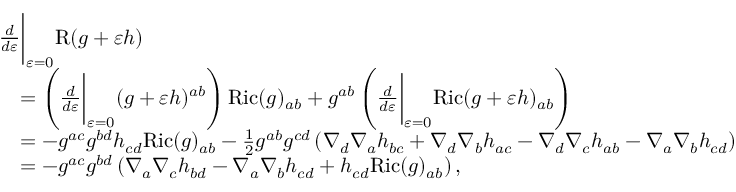
\begin{array} { r l } & { \frac { d } { d \varepsilon } \bigg \vert _ { \varepsilon = 0 } \mathrm { R } ( g + \varepsilon h ) } \\ & { \quad = \left( \frac { d } { d \varepsilon } \bigg \vert _ { \varepsilon = 0 } ( g + \varepsilon h ) ^ { a b } \right) \mathrm { R i c } ( g ) _ { a b } + g ^ { a b } \left( \frac { d } { d \varepsilon } \bigg \vert _ { \varepsilon = 0 } \mathrm { R i c } ( g + \varepsilon h ) _ { a b } \right) } \\ & { \quad = - g ^ { a c } g ^ { b d } h _ { c d } \mathrm { R i c } ( g ) _ { a b } - \frac { 1 } { 2 } g ^ { a b } g ^ { c d } \left( \nabla _ { d } \nabla _ { a } h _ { b c } + \nabla _ { d } \nabla _ { b } h _ { a c } - \nabla _ { d } \nabla _ { c } h _ { a b } - \nabla _ { a } \nabla _ { b } h _ { c d } \right) } \\ & { \quad = - g ^ { a c } g ^ { b d } \left( \nabla _ { a } \nabla _ { c } h _ { b d } - \nabla _ { a } \nabla _ { b } h _ { c d } + h _ { c d } \mathrm { R i c } ( g ) _ { a b } \right) , } \end{array}